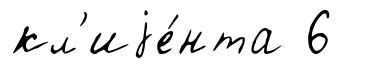
кл'иjе́нта 6